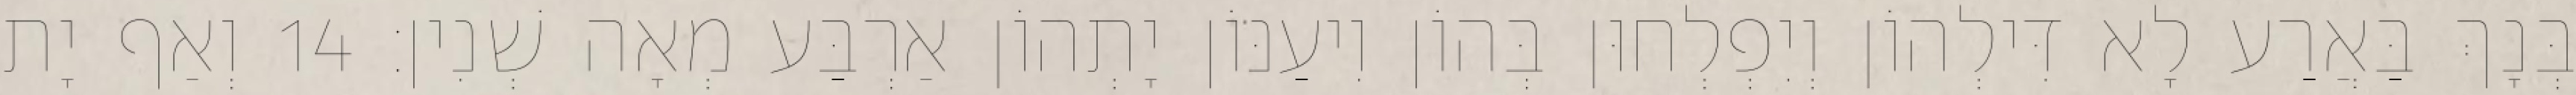
בְּנָךְ בַּאֲרַע לָא דִּילְהוֹן וְיִפְלְחוּן בְּהוֹן וִיעַנּוֹן יָתְהוֹן אַרְבַּע מְאָה שְׁנִין׃ 14 וְאַף יָת